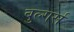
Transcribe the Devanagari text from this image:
बुल्गर्स